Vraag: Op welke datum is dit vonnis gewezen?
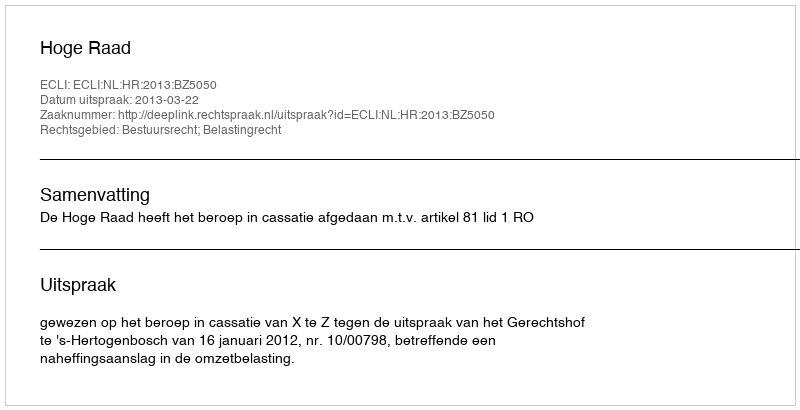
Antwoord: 2013-03-22